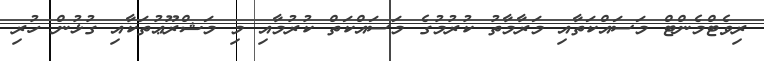
ރިވެޓްމެންޓް މަސައްކަތާއި މަރާމާތު ކުރުމުގެ މަސައްކަތް ކުރުމާއި މި މަޝްރޫޢުތަކާއި ގުޅުން ހުރި